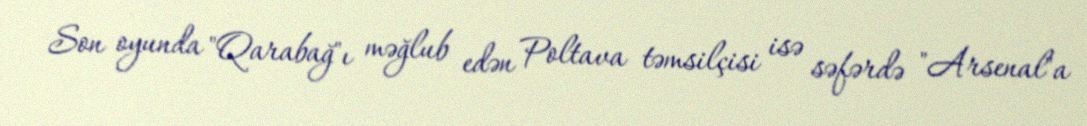
Son oyunda "Qarabağ"ı məğlub edən Poltava təmsilçisi isə səfərdə "Arsenal"a